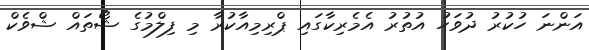
އަންނަ ހުކުރު ދުވަހު އުތުރު އެމެރިކާގައި ޕްރިމިއާކުރާ މި ފިލްމުގެ ޝޯތައް ޝްވެކް